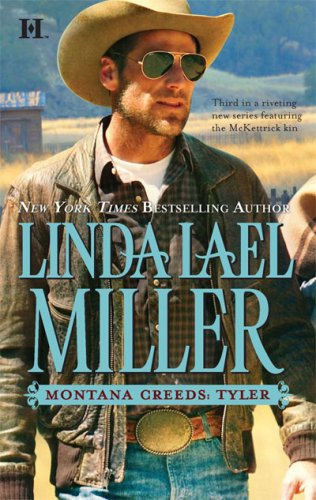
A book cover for Montana Creeds: Tyler (McKettricks Series); Linda Lael Miller; Romance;